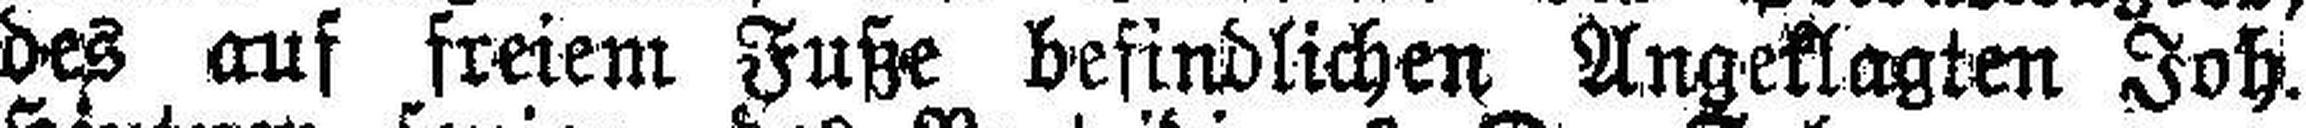
des auf freiem Fuße befindlichen, Angeklagten Joh.